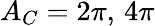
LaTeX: A_{C}=2\pi,\, 4\pi